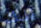
ذلك